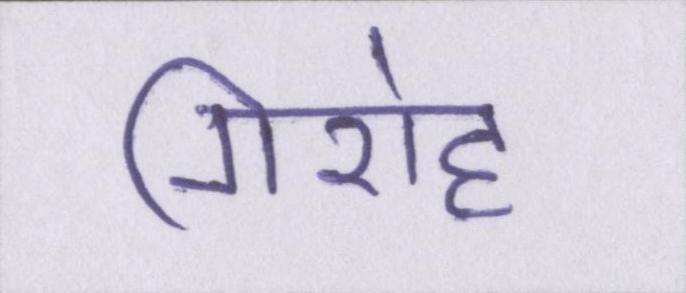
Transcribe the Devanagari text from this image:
गिरोह